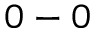
0 - 0